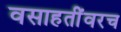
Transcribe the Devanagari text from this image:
वसाहतींवरच